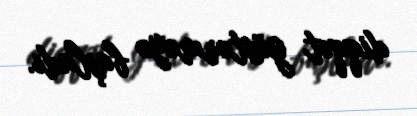
diqqət göstərməyə başladı.